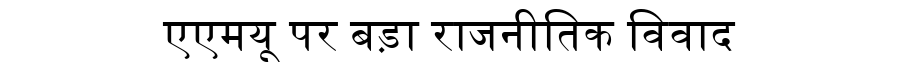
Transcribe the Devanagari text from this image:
एएमयू पर बड़ा राजनीतिक विवाद